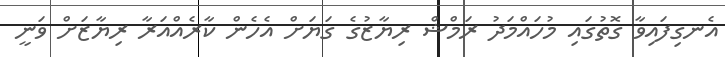
އެނގިފައިވާ ގޮތުގައި މުހައްމަދު ރަމްޝް ރިޔާޒުގެ ގަޔަށް އެހެން ކާރެއްއަރާ ރިޔާޒަށް ވަނީ